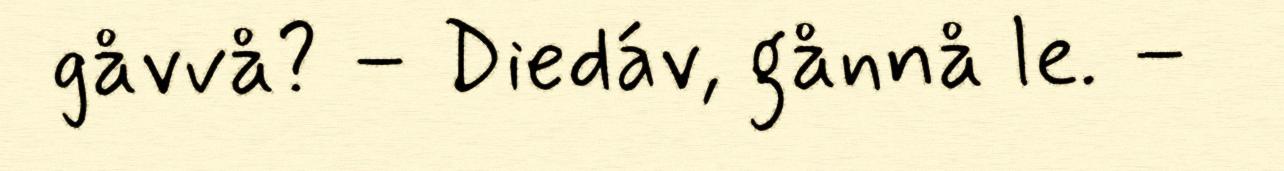
gåvvå? – Diedáv, gånnå le. –